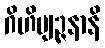
ဂိဟိဗျဉ္ဇနာနိ